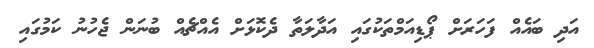
އަދި ބައެއް ފަހަރަށް ޕޯޑިއަމްތަކުގައި އަދާލަތާ ދެކޮޅަށް އެއްޗެއް ބުނަން ޖެހުނު ކަމުގައި